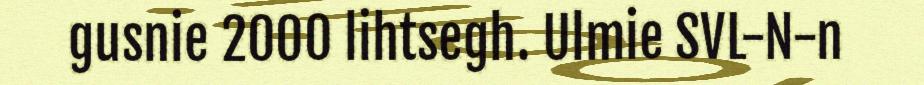
gusnie 2000 lihtsegh. Ulmie SVL-N-n